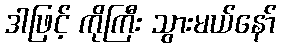
ဒါဖြင့် ကိုကြီး သွားမယ်နော်